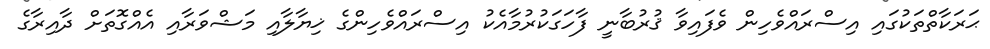
ޙަރަކާތްތަކުގައި އިސްރައްވެހިން ވެފައިވާ ޤުރުބާނީ ފާހަގަކުރުމާއެކު އިސްރައްވެހިންގެ ޚިޔާލާއި މަޝްވަރާއި އެއްގޮތަށް ދާއިރާގެ